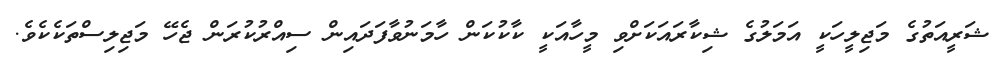
ޝަރީއަތުގެ މަޖިލީހަކީ އަމަލުގެ ޝިކާރައަކަށްވި މީހާއަކީ ކާކުކަން ހާމަނުވާފަދައިން ސިއްރުކުރަން ޖެހޭ މަޖިލިސްތަކެކެވެ.